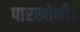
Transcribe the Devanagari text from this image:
पारखोनी।